Lunatic asylums Central Provinces reports 1886-1894 - 1886-1894
Year: 1886
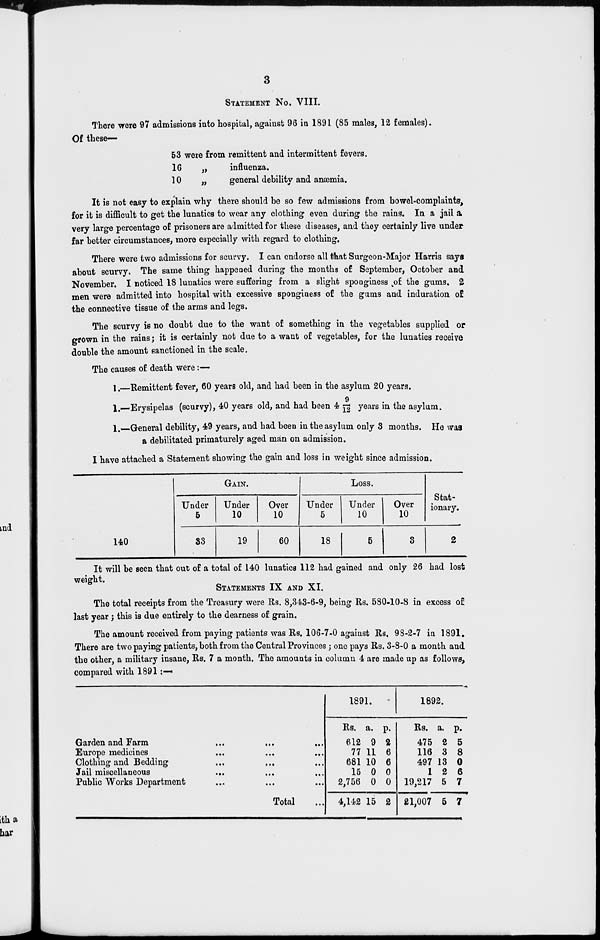
3
STATEMENT No. VIII.
There were 97 admissions into hospital, against 96 in 1891 (85 males, 12 females).
Of these—
53 were from remittent and intermittent fevers.
16
„
influenza.
10
„
general debility and anæmia.
It is not easy to explain why there should be so few admissions from bowel-complaints,
for it is difficult to get the lunatics to wear any clothing even during the rains. In a jail a
very large percentage of prisoners are admitted for these diseases, and they certainly live under
far better circumstances, more especially with regard to clothing.
There were two admissions for scurvy. I can endorse all that Surgeon-Major Harris says
about scurvy. The same thing happened during the months of September, October and
November. I noticed 18 lunatics were suffering from a slight sponginess of the gums. 2
men were admitted into hospital with excessive sponginess of the gums and induration of
the connective tissue of the arms and legs.
The scurvy is no doubt due to the want of something in the vegetables supplied or
grown in the rains ; it is certainly not due to a want of vegetables, for the lunatics receive
double the amount sanctioned in the scale.
The causes of death were :—
1.—Remittent fever, 60 years old, and had been in the asylum 20 years.
1.—Erysipelas (scurvy), 40 years old, and had been 4 9/12 years in the asylum.
1.—General debility, 49 years, and had been in the asylum only 3 months. He was
a debilitated primaturely aged man on admission.
I have attached a Statement showing the gain and loss in weight since admission.
140
GAIN.
Under
5
33
Under
10
19
Over
10
60
LOSS.
Under
5
18
Under
10
5
Over
10
3
Stat-
ionary.
2
It will be seen that out of a total of 140 lunatics 112 had gained and only 26 had lost
weight.
STATEMENTS IX AND XI.
The total receipts from the Treasury were Rs. 8,343-6-9, being Rs. 580-10-8 in excess of
last year; this is due entirely to the dearness of grain.
The amount received from paying patients was Rs. 106-7-0 against Rs. 98-2-7 in 1891.
There are two paying patients, both from the Central Provinces ; one pays Rs. 3-8-0 a month and
the other, a military insane, Rs. 7 a month. The amounts in column 4 are made up as follows,
compared with 1891 :—
Garden and Farm ... ... ...
Europe medicines ... ... ...
Clothing and Bedding
...
... ...
Jail miscellaneous ... ... ...
Public Works Department ... ... ...
Total ...
1891.
Rs.
612
77
681
15
2,756
4,142
a.
9
11
10
0
0
15
p.
2
6
6
0
0
2
1892.
Rs.
475
116
497
1
19,217
21,007
a.
2
3
13
2
5
5
p.
5
8
0
6
7
7